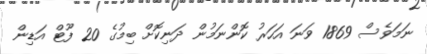
ނަމަވެސް 1869 ވަނަ އަހަރު ކޮންނަމުން ދަނިކޮށް ބިމުގެ 20 ފޫޓް އަޑިން